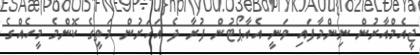
ޖީއެމްއާރުން ނިންމާފައި ވަނީ އެއާޕޯޓުން ފުރާ ދެ އަހަރުން މަތީގެ ކޮންމެ މީހެއްގެ